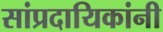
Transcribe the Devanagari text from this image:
सांप्रदायिकांनी